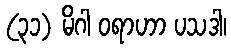
(၃၁) မိဂါ ဝရာဟာ ပသဒါ၊